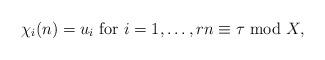
LaTeX: \begin{align*}\chi_i(n) = u_i \mbox{ for } i = 1, \ldots, r n \equiv \tau \mbox{ mod } X,\end{align*}